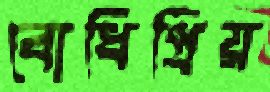
বোধিপ্রিয়